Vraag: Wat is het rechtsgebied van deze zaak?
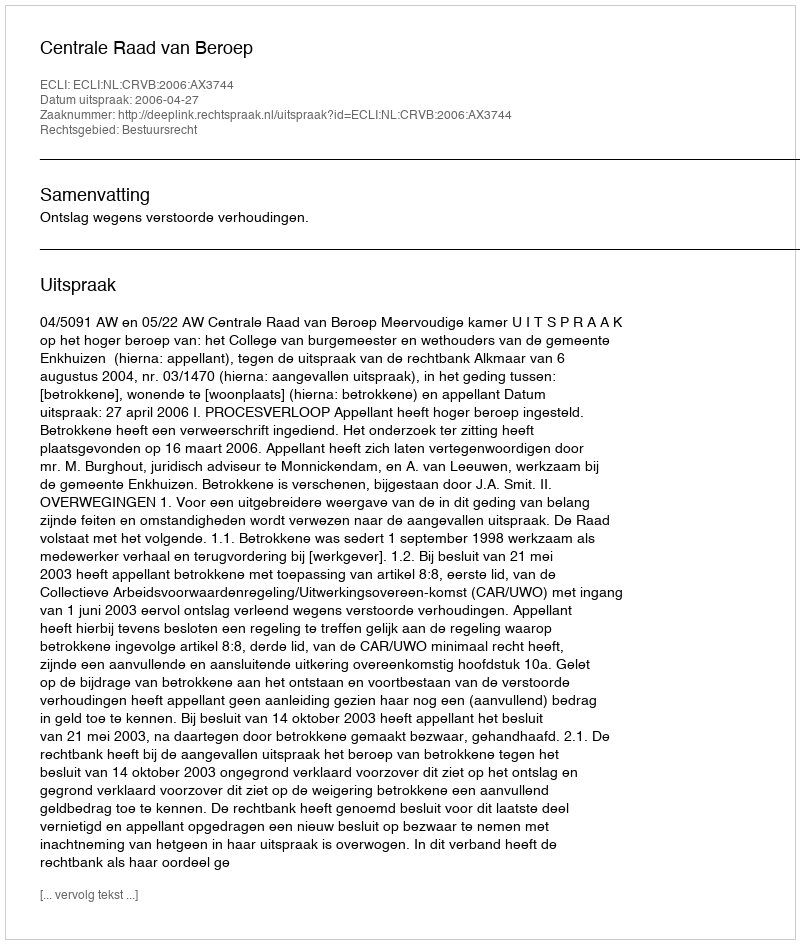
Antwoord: Bestuursrecht